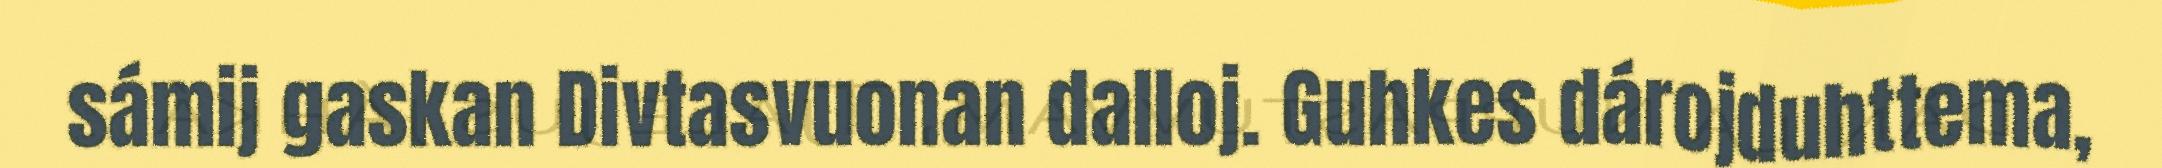
sámij gaskan Divtasvuonan dalloj. Guhkes dárojduhttema,